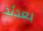
بعدئذ